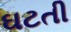
ઘટતી